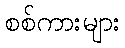
စစ်ကားများ